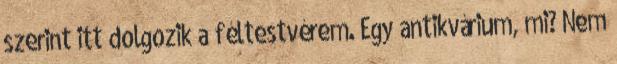
szerint itt dolgozik a féltestvérem. Egy antikvárium, mi? Nem